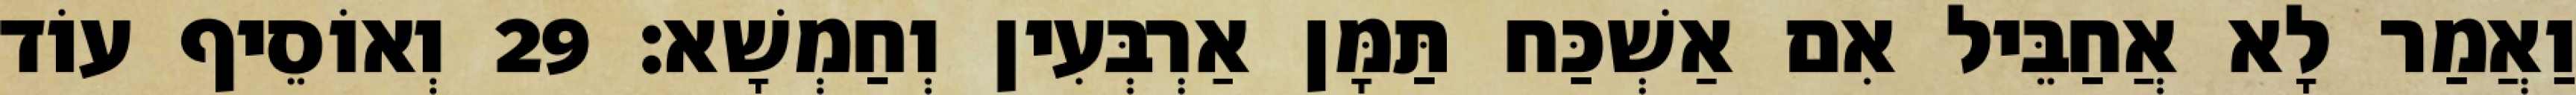
וַאֲמַר לָא אֲחַבֵּיל אִם אַשְׁכַּח תַּמָּן אַרְבְּעִין וְחַמְשָׁא׃ 29 וְאוֹסֵיף עוֹד